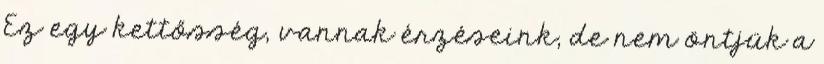
Ez egy kettősség, vannak érzéseink, de nem öntjük a